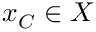
x _ { C } \in X